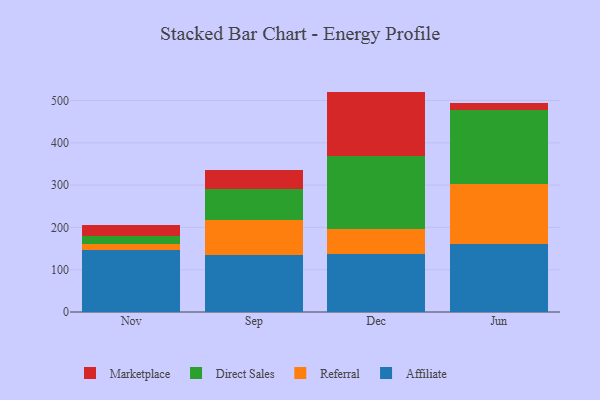
{"axis": {"x": "Month", "y": "Net Income (USD K)"}, "legend": ["Affiliate", "Direct Sales", "Marketplace", "Referral"], "data": [{"x": "Nov", "y": 147.4, "type": "Affiliate"}, {"x": "Nov", "y": 12.3, "type": "Referral"}, {"x": "Nov", "y": 19.0, "type": "Direct Sales"}, {"x": "Nov", "y": 25.8, "type": "Marketplace"}, {"x": "Sep", "y": 134.7, "type": "Affiliate"}, {"x": "Sep", "y": 82.7, "type": "Referral"}, {"x": "Sep", "y": 74.1, "type": "Direct Sales"}, {"x": "Sep", "y": 44.6, "type": "Marketplace"}, {"x": "Dec", "y": 137.3, "type": "Affiliate"}, {"x": "Dec", "y": 59.7, "type": "Referral"}, {"x": "Dec", "y": 171.2, "type": "Direct Sales"}, {"x": "Dec", "y": 152.8, "type": "Marketplace"}, {"x": "Jun", "y": 160.0, "type": "Affiliate"}, {"x": "Jun", "y": 143.0, "type": "Referral"}, {"x": "Jun", "y": 175.2, "type": "Direct Sales"}, {"x": "Jun", "y": 16.9, "type": "Marketplace"}]}